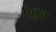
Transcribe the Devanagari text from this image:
फ़्रिज